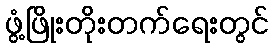
ဖွံ့ဖြိုးတိုးတက်ရေးတွင်